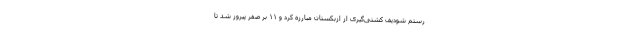
رستم شودیف کشتی‌گیری از ازبکستان مبارزه کرد و ۱۱ بر صفر پیروز شد تا